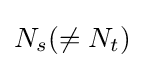
N_{s}(\neq N_{t})